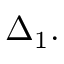
\Delta _ { 1 } .